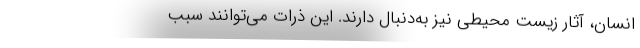
انسان، آثار زیست محیطی نیز به‌دنبال دارند. این ذرات می‌توانند سبب